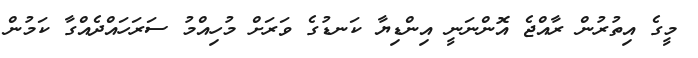
މީގެ އިތުރުން ރާއްޖެ އޮންނަނީ އިންޑިޔާ ކަނޑުގެ ވަރަށް މުހިއްމު ސަރަހައްދެއްގާ ކަމުން